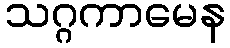
သဂ္ဂကာမေန